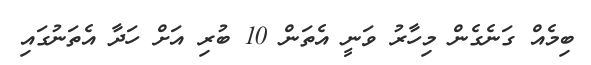
ބިމެއް ގަނެގެން މިހާރު ވަނީ އެތަން 10 ބުރި އަށް ހަދާ އެތަނުގައި